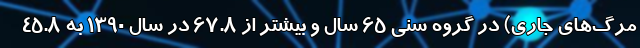
مرگ‌های جاری) در گروه سنی ۶۵ سال و بیشتر از ۶۷.۸ در سال ۱۳۹۰ به ۴۵.۸